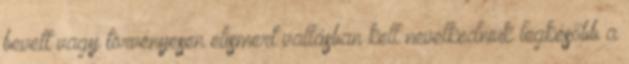
bevett vagy törvényesen elismert vallásban kell nevelkedniük legkésőbb a